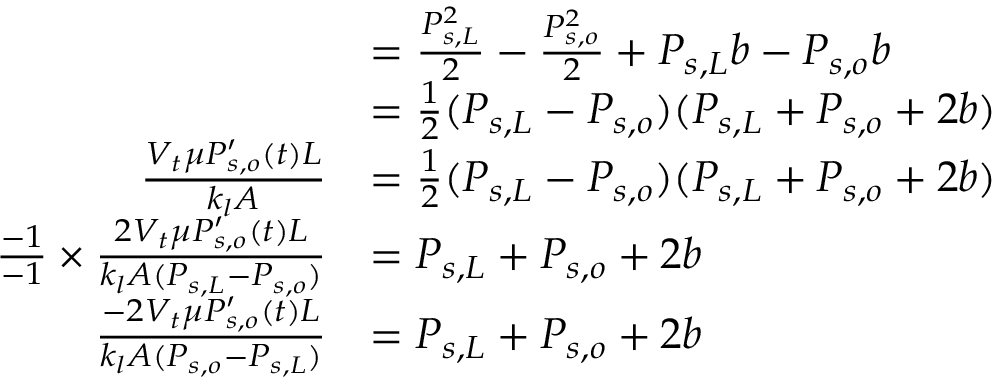
\begin{array} { r l } & { = \frac { P _ { s , L } ^ { 2 } } { 2 } - \frac { P _ { s , o } ^ { 2 } } { 2 } + P _ { s , L } b - P _ { s , o } b } \\ & { = \frac { 1 } { 2 } ( P _ { s , L } - P _ { s , o } ) ( P _ { s , L } + P _ { s , o } + 2 b ) } \\ { \frac { V _ { t } \mu P _ { s , o } ^ { \prime } ( t ) L } { k _ { l } A } } & { = \frac { 1 } { 2 } ( P _ { s , L } - P _ { s , o } ) ( P _ { s , L } + P _ { s , o } + 2 b ) } \\ { \frac { - 1 } { - 1 } \times \frac { 2 V _ { t } \mu P _ { s , o } ^ { \prime } ( t ) L } { k _ { l } A ( P _ { s , L } - P _ { s , o } ) } } & { = P _ { s , L } + P _ { s , o } + 2 b } \\ { \frac { - 2 V _ { t } \mu P _ { s , o } ^ { \prime } ( t ) L } { k _ { l } A ( P _ { s , o } - P _ { s , L } ) } } & { = P _ { s , L } + P _ { s , o } + 2 b } \end{array}